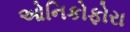
ઓનિકોફોરા